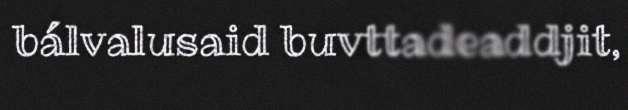
bálvalusaid buvttadeaddjit,